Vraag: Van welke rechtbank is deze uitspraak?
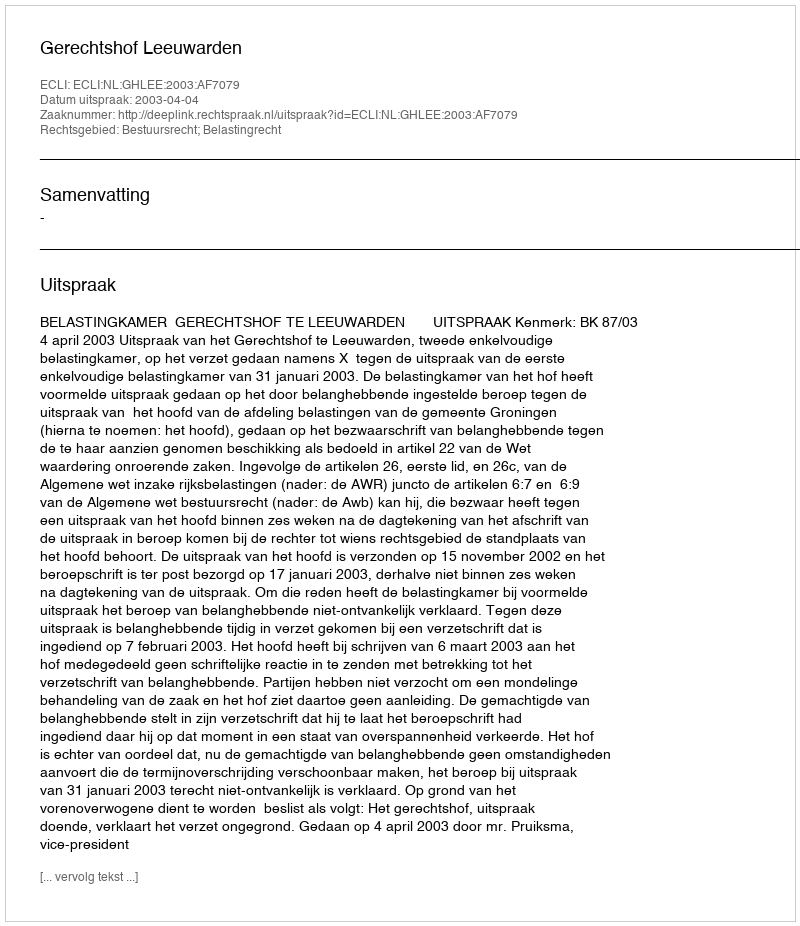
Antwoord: Gerechtshof Leeuwarden